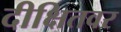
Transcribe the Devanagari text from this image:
दीक्षितवर